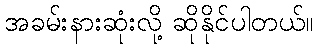
အခမ်းနားဆုံးလို့ ဆိုနိုင်ပါတယ်။